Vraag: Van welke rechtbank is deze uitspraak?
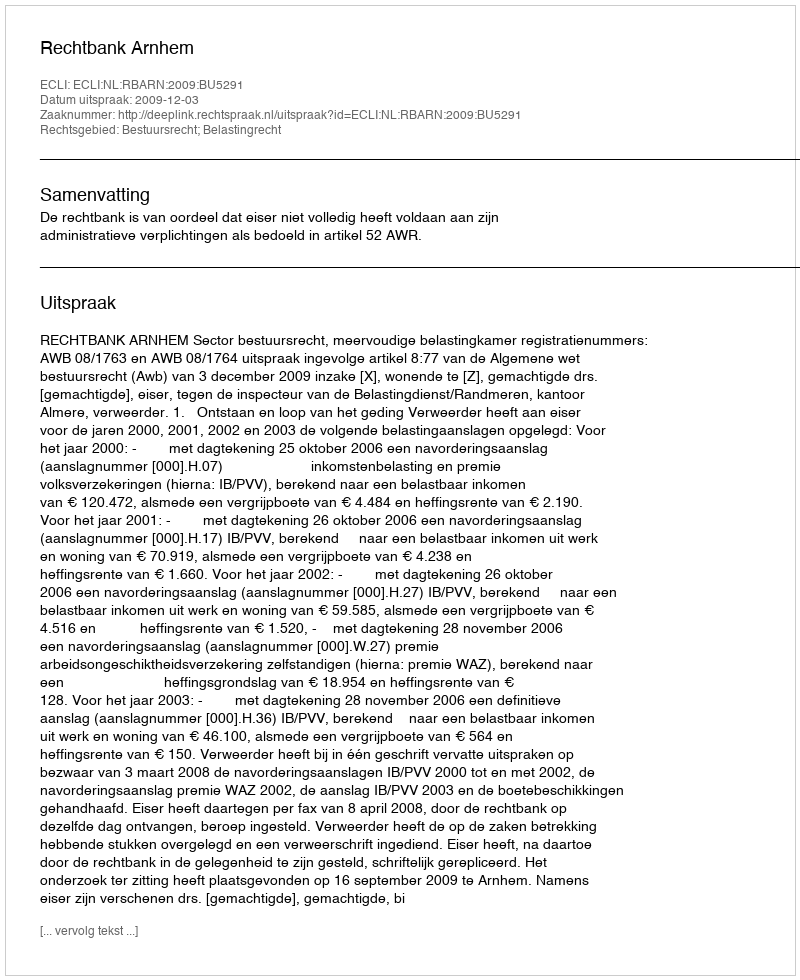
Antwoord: Rechtbank Arnhem